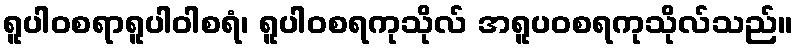
ရူပါဝစရာရူပါဝါစရံ၊ ရူပါဝစရကုသိုလ် အရူပဝစရကုသိုလ်သည်။